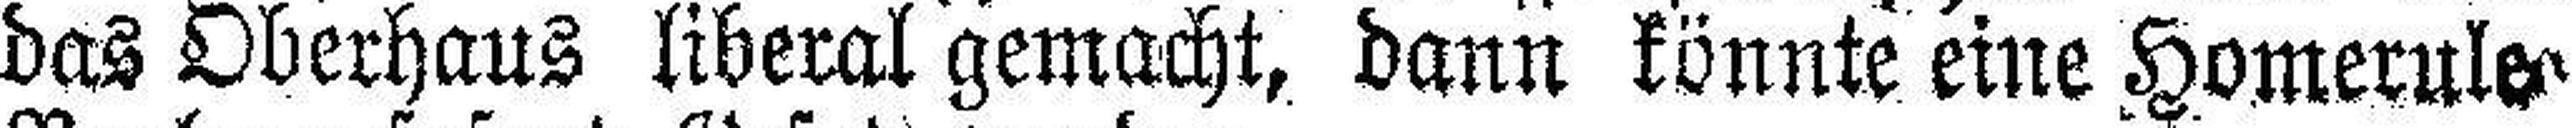
das Oberhaus liberal gemacht, dann könnte eine Homerule